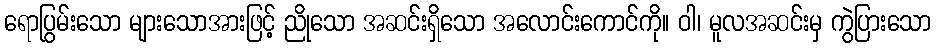
ရောပြွမ်းသော များသောအားဖြင့် ညိုသော အဆင်းရှိသော အလောင်းကောင်ကို။ ဝါ၊ မူလအဆင်းမှ ကွဲပြားသော